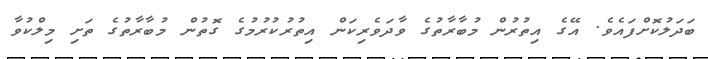
ބަދަލުކޮށްފައެވެ. އޭގެ އިތުރުން މުބާރާތުގެ ވާދަވެރިކަން އިތުރުކުރުމުގެ ގޮތުން މުބާރާތުގެ ތަށި މިލްކުވާ